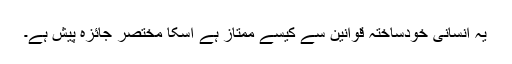
یہ انسانی خودساختہ قوانین سے کیسے ممتاز ہے اسکا مختصر جائزہ پیش ہے۔